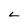
Character: L